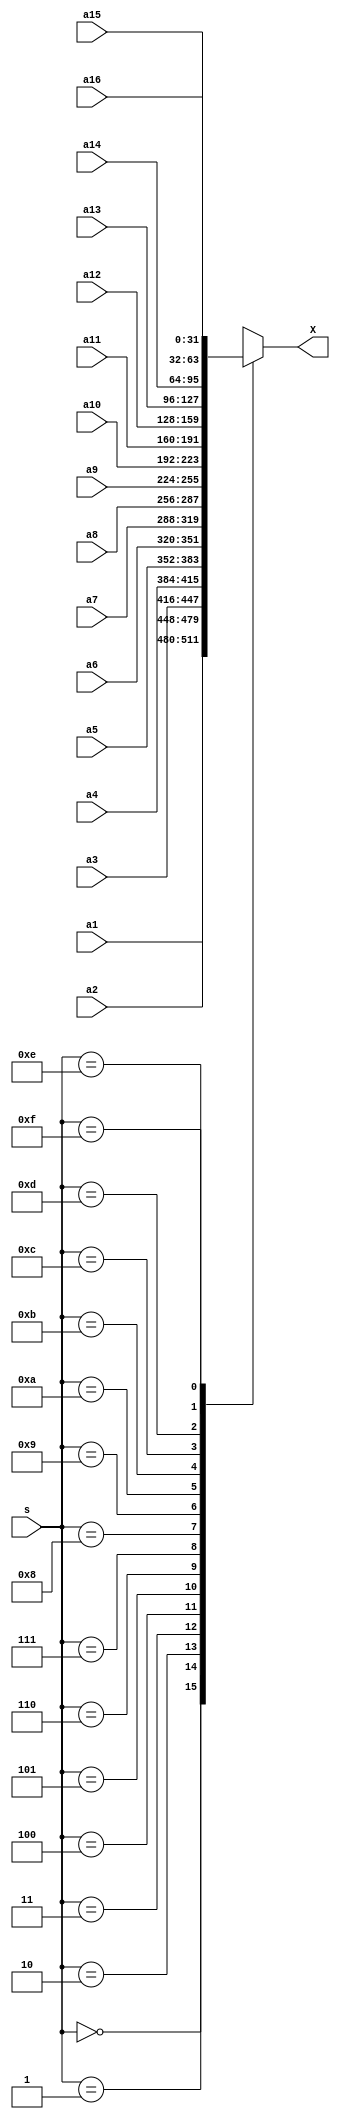
`timescale 1ns/1ns
module Mux_16_1
(
    input [3:0] s,
    input [31:0] a1,
    input [31:0] a2,
    input [31:0] a3,
    input [31:0] a4,
    input [31:0] a5,
    input [31:0] a6,
    input [31:0] a7,
    input [31:0] a8,
    input [31:0] a9,
    input [31:0] a10,
    input [31:0] a11,
    input [31:0] a12,
    input [31:0] a13,
    input [31:0] a14,
    input [31:0] a15,
    input [31:0] a16,
    output [31:0] X
);

    reg [31:0] A;
    always @(*)
    begin
/*
        case (s)
            4'b0000 : assign A = a1;
            4'b0001 : assign A = a2;
            4'b0010 : assign A = a3;
            4'b0011 : assign A = a4;
            4'b0100 : assign A = a5;
            4'b0101 : assign A = a6;
            4'b0110 : assign A = a7;
            4'b0111 : assign A = a8;
            4'b1000 : assign A = a9;
            4'b1001 : assign A = a10;
            4'b1010 : assign A = a11;
            4'b1011 : assign A = a12;
            4'b1100 : assign A = a13;
            4'b1101 : assign A = a14;
            4'b1110 : assign A = a15;
            4'b1111 : assign A = a16;
*/
        case (s)
            4'b0000 : A <= a1;
            4'b0001 : A <= a2;
            4'b0010 : A <= a3;
            4'b0011 : A <= a4;
            4'b0100 : A <= a5;
            4'b0101 : A <= a6;
            4'b0110 : A <= a7;
            4'b0111 : A <= a8;
            4'b1000 : A <= a9;
            4'b1001 : A <= a10;
            4'b1010 : A <= a11;
            4'b1011 : A <= a12;
            4'b1100 : A <= a13;
            4'b1101 : A <= a14;
            4'b1110 : A <= a15;
            4'b1111 : A <= a16;
        endcase
    end

    assign X = A;

endmodule

module mux_tb;
    reg [31:0] a1;
    reg [31:0] a2;
    reg [31:0] a3;
    reg [31:0] a4;
    reg [31:0] a5;
    reg [31:0] a6;
    reg [31:0] a7;
    reg [31:0] a8;
    reg [31:0] a9;
    reg [31:0] a10;
    reg [31:0] a11;
    reg [31:0] a12;
    reg [31:0] a13;
    reg [31:0] a14;
    reg [31:0] a15;
    reg [31:0] a16;
    reg [3:0] s;
    wire [31:0] answer;

    Mux_16_1 M
    (
        .s(s),
        .a1(a1),
        .a2(a2),
        .a3(a3),
        .a4(a4),
        .a5(a5),
        .a6(a6),
        .a7(a7),
        .a8(a8),
        .a9(a9),
        .a10(a10),
        .a11(a11),
        .a12(a12),
        .a13(a13),
        .a14(a14),
        .a15(a15),
        .a16(a16),
        .X(answer)
    );

    initial
    begin
        $dumpfile("MUX.vcd");
        $dumpvars(0, mux_tb);
    end

    initial
    begin
        s = 4'b0010;
        a1 = 32'b00001100000001111101001011100100;
        a2 = 32'b11000111101011001000011101011101;
        a3 = 32'b00000101110100001101101111100110;
        a4 = 32'b01110100100100110001000100000111;
        a5 = 32'b01101110001110110100010010110111;
        a6 = 32'b01011110100010010011001101010011;
        a7 = 32'b01000101011001100110101110111000;
        a8 = 32'b00001000011001010110100001010000;
        a9 = 32'b11011001110100100001010010111100;
        a10 = 32'b01011110110000000011111011011110;
        a11 = 32'b01111000111011000000101100110000;
        a12 = 32'b00000110000100101001100111000110;
        a13 = 32'b00101111111100100100111010011010;
        a14 = 32'b00110100110100000010001110111110;
        a15 = 32'b01000011000000100100011101101000;
        a16 = 32'b11010111101001010111110100001011;
        #100;

        s = 4'b1001;
        a1 = 32'b10110011011000101101000111110111;
        a2 = 32'b10100011110010101011101011111110;
        a3 = 32'b10101001011010100010000101110111;
        a4 = 32'b11001000010101001011011101011101;
        a5 = 32'b01001001000001110001101100110101;
        a6 = 32'b01010101010000001111011000011011;
        a7 = 32'b00101101000101001000100100011111;
        a8 = 32'b00100101001011001100011010010011;
        a9 = 32'b11111101010000010101110010111101;
        a10 = 32'b01011110110000000011111011011110;
        a11 = 32'b01011111011110010011000010100110;
        a12 = 32'b10111111100111110110101100010010;
        a13 = 32'b00000111111110101110110111000101;
        a14 = 32'b00110100110100000010001110111110;
        a15 = 32'b01000011000000100100011101101000;
        a16 = 32'b11111111011111011100001101010110;
        #100;

        s = 4'b0101;
        a1 = 32'b00010001111001110000111100100010;
        a2 = 32'b00101011100100101101000011011101;
        a3 = 32'b01101001111111110110101111001011;
        a4 = 32'b11110110000110011101101101011101;
        a5 = 32'b10110110111111111100010110101001;
        a6 = 32'b10111000011110000000111100011000;
        a7 = 32'b00001111101101011101010001011110;
        a8 = 32'b11101000111100001010100000000010;
        a9 = 32'b01110001100011010110001000010110;
        a10 = 32'b01001000011001011000111111100100;
        a11 = 32'b00001000011100011111000110111000;
        a12 = 32'b01001010110011100101101110101111;
        a13 = 32'b01101101101001001011011000100100;
        a14 = 32'b11011010001000001101010010010001;
        a15 = 32'b11000001110000011110000000110001;
        a16 = 32'b00100101100101001100110000100101;
        #100;

        s = 4'b1010;
        a1 = 32'b11011011001111000110000010011101;
        a2 = 32'b10001001110000010000010011100111;
        a3 = 32'b01100000011010000010011000110111;
        a4 = 32'b10010111101000010111001100011110;
        a5 = 32'b01011000011101011110100001010011;
        a6 = 32'b01110001001001101010001110011100;
        a7 = 32'b10101111110111010010111100111110;
        a8 = 32'b00111000000110111100111001110111;
        a9 = 32'b11001001001111010110111101111110;
        a10 = 32'b00101111011010100011001100111010;
        a11 = 32'b00000110010000001111101110100111;
        a12 = 32'b10111011100100100110001100110010;
        a13 = 32'b00010010000110111010001010000010;
        a14 = 32'b01001101010101110110010101100111;
        a15 = 32'b01101110001011110111100010010000;
        a16 = 32'b01101110100110000010011100010101;
        #100;

        s = 4'b0000;
        a1 = 32'b10000010110101000000000001000110;
        a2 = 32'b01111001101011101111110011110001;
        a3 = 32'b11001100100010100001011101000111;
        a4 = 32'b10100000010100011101000000001010;
        a5 = 32'b11100001100111110111011001001100;
        a6 = 32'b00001000001100110110100101101111;
        a7 = 32'b10010100011100011101001100001111;
        a8 = 32'b00111010110010101100010100111110;
        a9 = 32'b10111000000111011010111000100110;
        a10 = 32'b11111010100000011000000010001101;
        a11 = 32'b10101111111110110101101100101010;
        a12 = 32'b00001110010100100001111110011011;
        a13 = 32'b01000011110011011101001100010111;
        a14 = 32'b01010001001000010110101010111001;
        a15 = 32'b10011011101111111010010011110011;
        a16 = 32'b10010111010000111010111000101010;
        #100;
        
        s = 4'b1111;
        a1 = 32'b01100010001010001000001110101100;
        a2 = 32'b10000111011001011100111101111101;
        a3 = 32'b11001101100010011111110110011101;
        a4 = 32'b01101100100100000101101101111000;
        a5 = 32'b00001110001111000110010110010101;
        a6 = 32'b01111010110111101010001111001000;
        a7 = 32'b11001010100011101111100000001000;
        a8 = 32'b11001000100001010010100000101110;
        a9 = 32'b10011011011011010001001001010111;
        a10 = 32'b01111011100101010010110000011111;
        a11 = 32'b01001011100111101010100101110001;
        a12 = 32'b10100111100101100100000000000001;
        a13 = 32'b11110010100011110000100101000111;
        a14 = 32'b10010101000000101000101011011000;
        a15 = 32'b01000101011010011111001100110101;
        a16 = 32'b00101011001110001110000111011010;
        #100;

        s = 4'b1000;
        a1 = 32'b00111000000110110100011001110001;
        a2 = 32'b11011000100001000110110010110010;
        a3 = 32'b10101110010110000011011001101000;
        a4 = 32'b00111101000110100111010110001100;
        a5 = 32'b01101011110101001111001000000101;
        a6 = 32'b00111111101010101001001011100011;
        a7 = 32'b10000100001001101100111011010100;
        a8 = 32'b00011101100110111100101111000110;
        a9 = 32'b01000101100111110000101000001100;
        a10 = 32'b10111111000000100010101111111111;
        a11 = 32'b00010111000101111010000010000000;
        a12 = 32'b01110011100110110001011011000100;
        a13 = 32'b01100110010001000001011010101000;
        a14 = 32'b01010110111110111011110010001110;
        a15 = 32'b11110001000110100110011011010100;
        a16 = 32'b10000010110000001001010111000110;
        #100;

        s = 4'b1011;
        a1 = 32'b10111100110100001111100100011011;
        a2 = 32'b10111000110101110110000011111110;
        a3 = 32'b00100010110101101110001000101101;
        a4 = 32'b11000111100010111011110011100010;
        a5 = 32'b11000000111101010011111010101010;
        a6 = 32'b11010101011111110100000000010111;
        a7 = 32'b00001100111011111111100111010011;
        a8 = 32'b10011101001111001000000111101010;
        a9 = 32'b01001001100110101000011111110111;
        a10 = 32'b11001111101100110011110101111001;
        a11 = 32'b11001000110100100000100100100101;
        a12 = 32'b11001010010010101001110001011000;
        a13 = 32'b00011000010111111000010101100101;
        a14 = 32'b10110101010110111100000000011111;
        a15 = 32'b11001011101011101101001001111100;
        a16 = 32'b11001101100010111001110011011011;
        #100;
    end

    initial
    begin
        $monitor
        (
            "a1 = %b\na2 = %b\na3 = %b\na4 = %b\na5 = %b\na6 = %b\na7 = %b\na8 = %b\na9 = %b\na10 = %b\na11 = %b\na12 = %b\na13 = %b\na14 = %b\na15 = %b\na16 = %b\nselect = %b\nanswer = %b\n",
            a1,
            a2,
            a3,
            a4,
            a5,
            a6,
            a7,
            a8,
            a9,
            a10,
            a11,
            a12,
            a13,
            a14,
            a15,
            a16,
            s,
            answer
        );
    end

endmodule